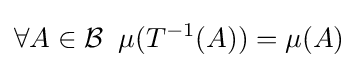
\forall A\in {\mathcal {B}}\;\;\mu (T^{-1}(A))=\mu (A)